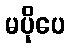
မပိုပေ